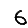
Digit: 6